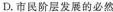
D.市民阶层发展的必然